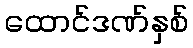
ထောင်ဒဏ်နှစ်